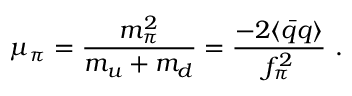
\mu _ { \pi } = \frac { m _ { \pi } ^ { 2 } } { m _ { u } + m _ { d } } = \frac { - 2 \langle \bar { q } q \rangle } { f _ { \pi } ^ { 2 } } ~ .